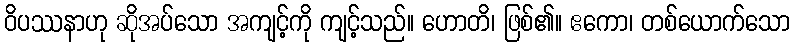
ဝိပဿနာဟု ဆိုအပ်သော အကျင့်ကို ကျင့်သည်။ ဟောတိ၊ ဖြစ်၏။ ဧကော၊ တစ်ယောက်သော